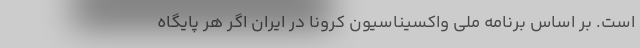
است. بر اساس برنامه ملی واکسیناسیون کرونا در ایران اگر هر پایگاه